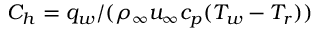
C _ { h } = q _ { w } / ( \rho _ { \infty } u _ { \infty } c _ { p } ( T _ { w } - T _ { r } ) )